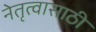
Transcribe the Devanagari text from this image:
नेतृत्वासाठी